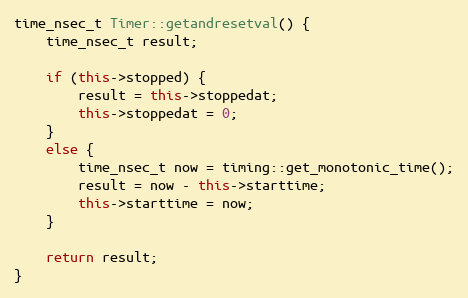
Language: C++
time_nsec_t Timer::getandresetval() {
	time_nsec_t result;

	if (this->stopped) {
		result = this->stoppedat;
		this->stoppedat = 0;
	}
	else {
		time_nsec_t now = timing::get_monotonic_time();
		result = now - this->starttime;
		this->starttime = now;
	}

	return result;
}